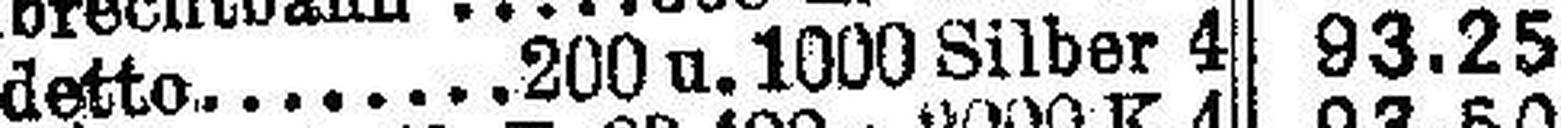
detto 200 u. 1000 Silber 4